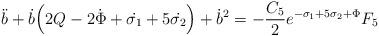
LaTeX: \begin{align*}\ddot{b}+\dot{b}\Big{(}2Q-2\dot{\Phi}+\dot{\sigma_{1}}+5\dot{\sigma_{2}} \Big{)}+\dot{b}^{2}=-\frac{C_{5}}{2}e^{-\sigma_{1}+5\sigma_{2}+\Phi}F_{5}\end{align*}